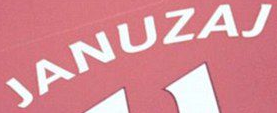
JANUZAJ